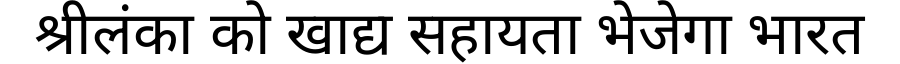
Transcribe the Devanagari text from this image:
श्रीलंका को खाद्य सहायता भेजेगा भारत